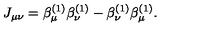
J _ { \mu \nu } = \beta _ { \mu } ^ { ( 1 ) } \beta _ { \nu } ^ { ( 1 ) } - \beta _ { \nu } ^ { ( 1 ) } \beta _ { \mu } ^ { ( 1 ) } .